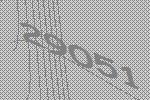
29051